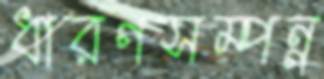
ধারণসম্পন্ন